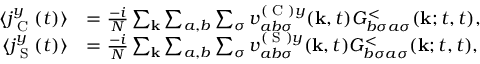
\begin{array} { r l } { \langle j _ { \textrm { C } } ^ { y } ( t ) \rangle } & { = \frac { - i } { N } \sum _ { \mathbf { k } } \sum _ { a , b } \sum _ { \sigma } v _ { a b \sigma } ^ { ( \textrm { C } ) y } ( \mathbf { k } , t ) G _ { b \sigma a \sigma } ^ { < } ( \mathbf { k } ; t , t ) , } \\ { \langle j _ { \textrm { S } } ^ { y } ( t ) \rangle } & { = \frac { - i } { N } \sum _ { \mathbf { k } } \sum _ { a , b } \sum _ { \sigma } v _ { a b \sigma } ^ { ( \textrm { S } ) y } ( \mathbf { k } , t ) G _ { b \sigma a \sigma } ^ { < } ( \mathbf { k } ; t , t ) , } \end{array}